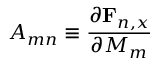
A _ { m n } \equiv \frac { \partial \mathbf { F } _ { n , x } } { \partial M _ { m } }